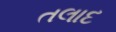
તલાદ